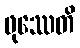
ဖုဿေတိ